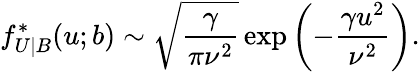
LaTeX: f_{U|B}^{*}(u;b)\sim\sqrt{\frac{\gamma}{\pi\nu^{2}}}\exp\left(-\frac{\gamma u^{2}}{\nu^{2}}\right).